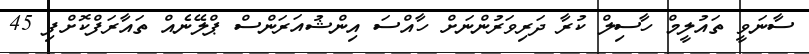
ސާނަވީ ތައުލީމް ހާސިލް ކުރާ ދަރިވަރުންނަށް ހާއްސަ އިންޝުއަރަންސް ޕްލޭނެއް ތައާރަފްކޮށްފި 45